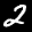
Label: 2